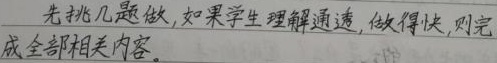
先挑几题做，如果学生理解通透，做得快，则完成全部相关内容。